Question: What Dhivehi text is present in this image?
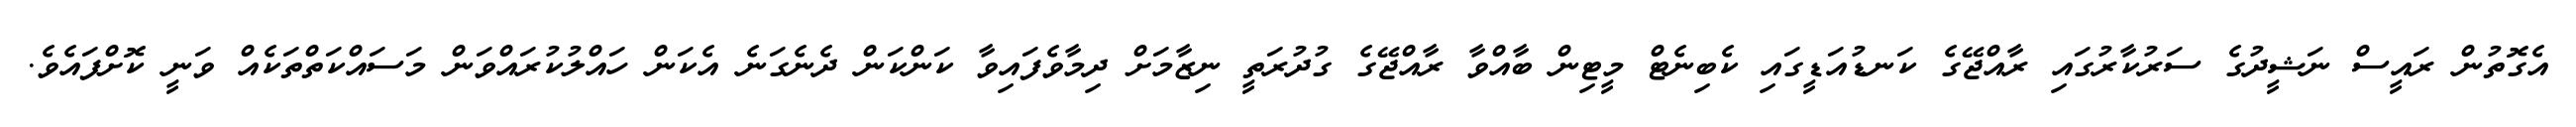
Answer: އެގޮތުން ރައީސް ނަޝީދުގެ ސަރުކާރުގައި ރާއްޖޭގެ ކަނޑުއަޑީގައި ކެބިނެޓް މީޓިން ބާއްވާ ރާއްޖޭގެ ގުދުރަތީ ނިޒާމަށް ދިމާވެފައިވާ ކަންކަން ދެނެގަނެ އެކަން ހައްލުކުރައްވަން މަސައްކަތްތަކެއް ވަނީ ކޮށްފައެވެ.